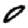
Digit: 0